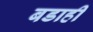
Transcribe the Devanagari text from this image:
बडाही